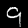
Label: 9